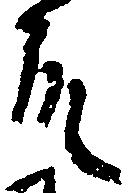
殿